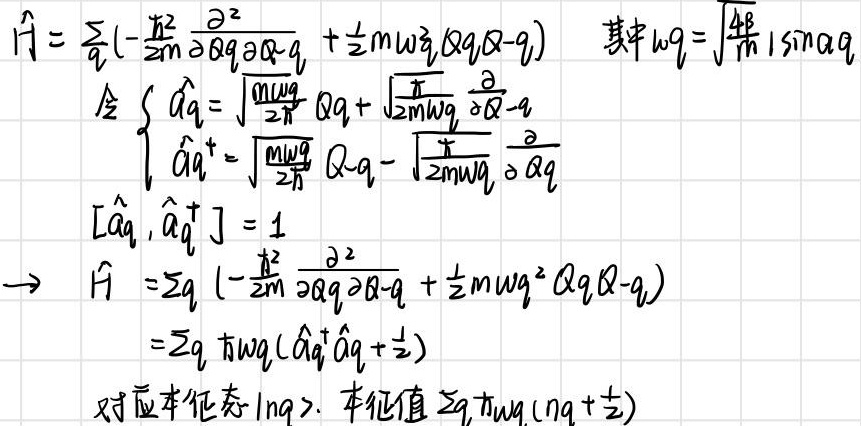
\[
\begin{align*}
\hat{H} &= \sum_{q}\left(-\frac{\hbar^{2}}{2m}\frac{\partial^{2}}{\partial Q_{q}\partial Q_{-q}}+\frac{1}{2}m\omega_{q}^{2}(Q_{q}Q_{-q})\right)\quad \text{其中}\omega_{q}=\sqrt{\frac{4\beta}{m}}|\sin aq|\\
\text{令}&\begin{cases}
\hat{a}_{q}=\sqrt{\frac{m\omega_{q}}{2\hbar}}Q_{q}+\sqrt{\frac{\hbar}{2m\omega_{q}}}\frac{\partial}{\partial Q_{-q}}\\
\hat{a}_{q}^{+}=\sqrt{\frac{m\omega_{q}}{2\hbar}}Q_{-q}-\sqrt{\frac{\hbar}{2m\omega_{q}}}\frac{\partial}{\partial Q_{q}}
\end{cases}\\
[\hat{a}_{q},\hat{a}_{q}^{+}]& = 1\\
\Rightarrow\hat{H}&=\sum_{q}\left(-\frac{\hbar^{2}}{2m}\frac{\partial^{2}}{\partial Q_{q}\partial Q_{-q}}+\frac{1}{2}m\omega_{q}^{2}Q_{q}Q_{-q}\right)\\
&=\sum_{q}\hbar\omega_{q}(\hat{a}_{q}^{+}\hat{a}_{q}+\frac{1}{2})
\end{align*}
\]
对应本征态\(|n_{q}\rangle\). 本征值\(\sum_{q}\hbar\omega_{q}(n_{q}+\frac{1}{2})\)